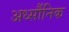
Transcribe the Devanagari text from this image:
अर्ध्सौनिक